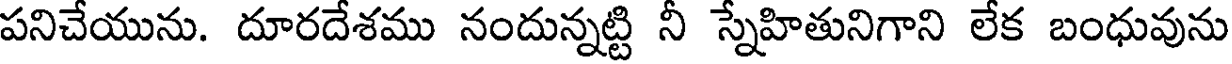
పనిచేయును. దూరదేశము నందున్నట్టి నీ స్నేహితునిగాని లేక బంధువును